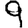
Digit: 9